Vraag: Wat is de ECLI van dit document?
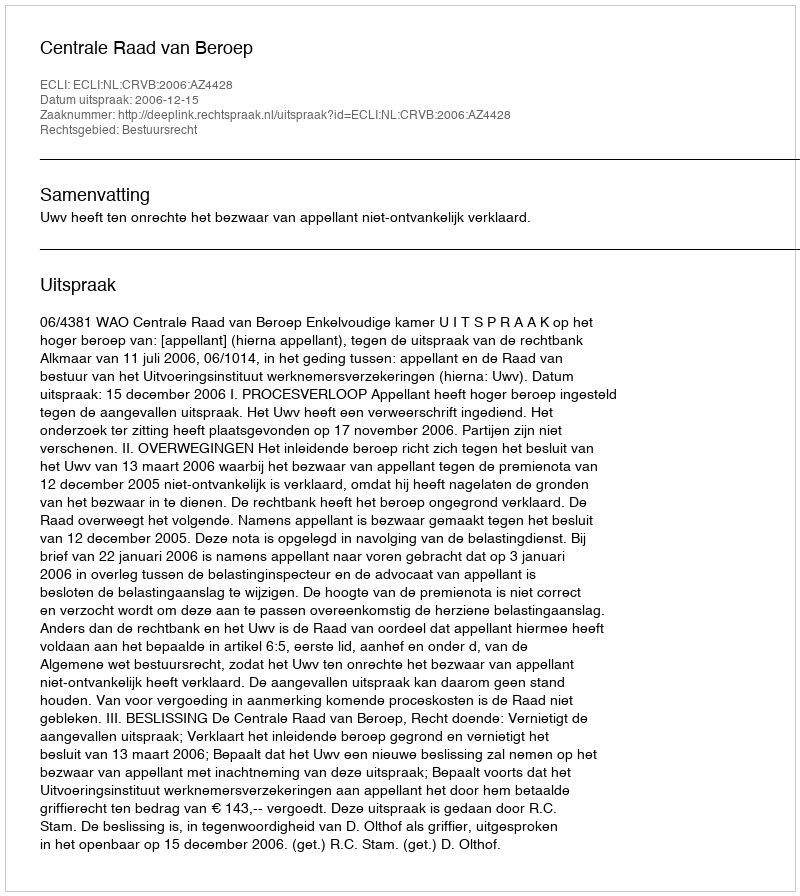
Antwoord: ECLI:NL:CRVB:2006:AZ4428